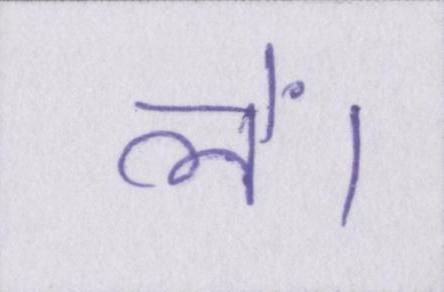
लें।